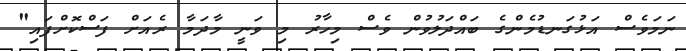
ނަމަވެސް އަޅުގަނޑުމެންގެ ބައްދަލުވުން ވެސް މިހާރު މި ވަނީ މާދަމާ ރެއަށް ފަސްކޮށްފައި"